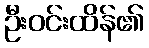
ဦးဝင်းထိန်၏